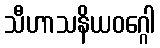
သီဟာသနိယဝဂ္ဂေါ